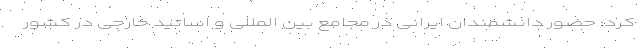
کرد: حضور دانشمندان ایرانی در مجامع بین المللی و اساتید خارجی در کشور